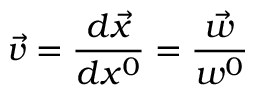
\vec { v } = \frac { d \vec { x } } { d x ^ { 0 } } = \frac { \vec { w } } { w ^ { 0 } }